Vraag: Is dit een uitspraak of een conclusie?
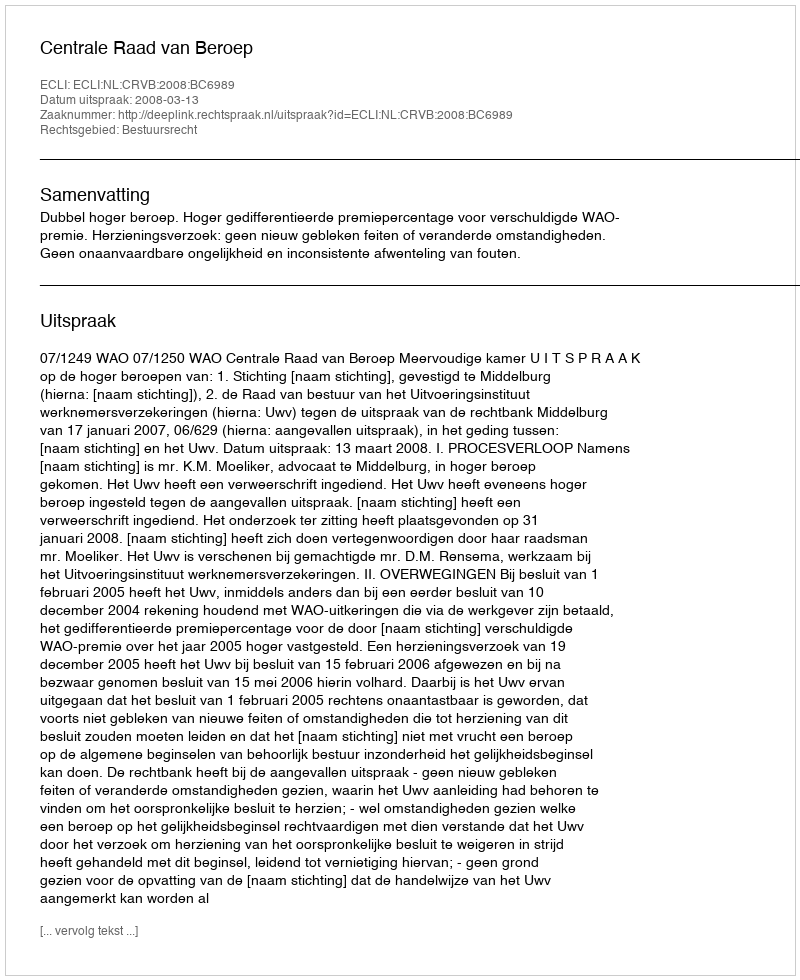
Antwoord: Uitspraak